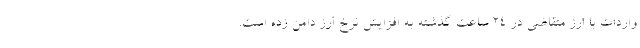
واردات با ارز متقاضی در ۲۴ ساعت گذشته به افزایش نرخ ارز دامن زده است.